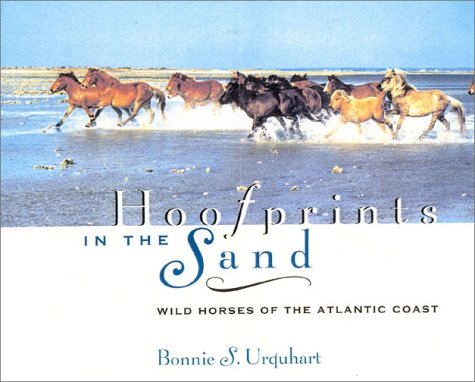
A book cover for Hoofprints in the Sand: Wild Horses of the Atlantic Coast; Bonnie  Urquhart Gruenberg; Sports & Outdoors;